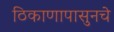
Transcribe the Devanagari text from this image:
ठिकाणापासुनचे